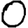
Digit: 0